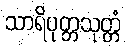
သာရိပုတ္တသုတ္တံ